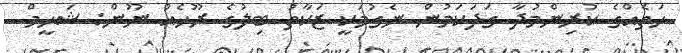
ހަތެއްގެ ކުރިންމުދާ ގަދަކަމުން ނެގުމަކީ ޒަކާތު ބިލުގެ ރޫހެއް ނޫން: ޝަހީމް